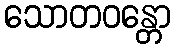
သောတဝန္တော